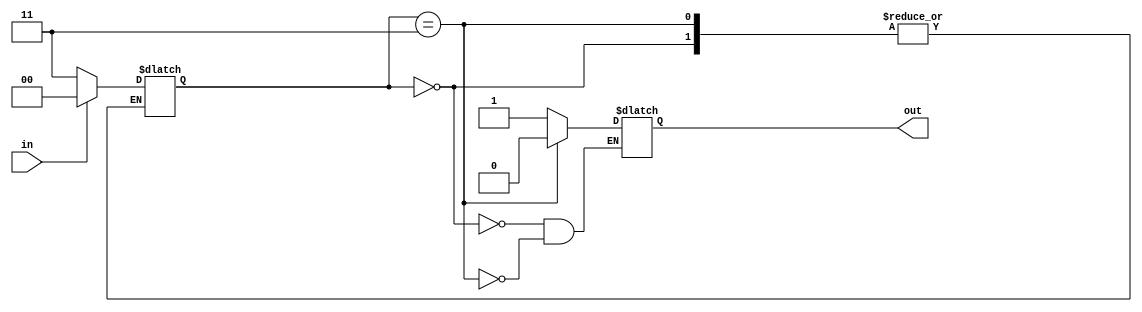
module Schmitt_trigger_buffer (
    input wire in,
    output reg out
);

reg [1:0] state; // Define state variable for hysteresis

always @(in)
begin
    case (state)
        2'b00: out = 1'b1; // If input is high, output is high
        2'b11: out = 1'b0; // If input is low, output is low
        default: begin
            if (in) state <= 2'b00; // Set state to high if input is high
            else state <= 2'b11; // Set state to low if input is low
        end
    endcase
end

endmodule